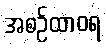
အစဉ်ထာဝရ